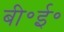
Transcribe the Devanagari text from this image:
बी॰ई॰